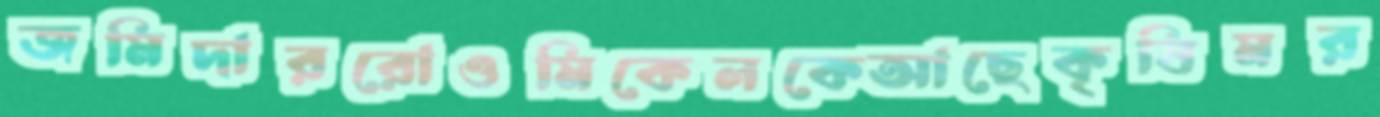
জমিদাররোওমিকেলকেআছেকৃষিমর